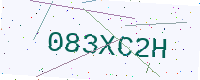
Text: 083XC2H